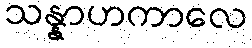
သန္နာဟကာလေ